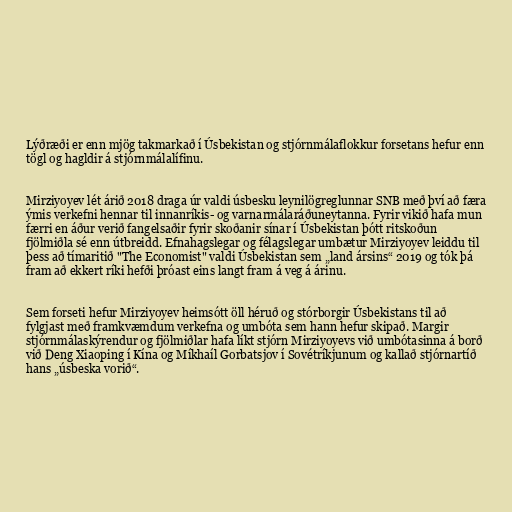
Lýðræði er enn mjög takmarkað í Úsbekistan og stjórnmálaflokkur forsetans hefur enn
tögl og hagldir á stjórnmálalífinu.

Mirziyoyev lét árið 2018 draga úr valdi úsbesku leynilögreglunnar SNB með því að færa
ýmis verkefni hennar til innanríkis- og varnarmálaráðuneytanna. Fyrir vikið hafa mun
færri en áður verið fangelsaðir fyrir skoðanir sínar í Úsbekistan þótt ritskoðun
fjölmiðla sé enn útbreidd. Efnahagslegar og félagslegar umbætur Mirziyoyev leiddu til
þess að tímaritið "The Economist" valdi Úsbekistan sem „land ársins“ 2019 og tók þá
fram að ekkert ríki hefði þróast eins langt fram á veg á árinu.

Sem forseti hefur Mirziyoyev heimsótt öll héruð og stórborgir Úsbekistans til að
fylgjast með framkvæmdum verkefna og umbóta sem hann hefur skipað. Margir
stjórnmálaskýrendur og fjölmiðlar hafa líkt stjórn Mirziyoyevs við umbótasinna á borð
við Deng Xiaoping í Kína og Míkhaíl Gorbatsjov í Sovétríkjunum og kallað stjórnartíð
hans „úsbeska vorið“.